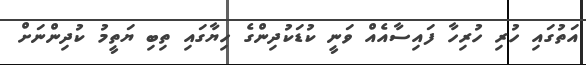
އަތުގައި ހުރި ހުރިހާ ފައިސާއެއް ވަނީ ކުޑަކުދިންގެ ހިޔާގައި ތިބި ޔަތީމު ކުދިންނަށް